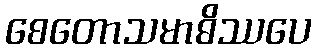
စေတောသမာဓိဿပေ